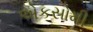
એકસોમી